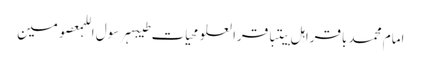
امام محمد باقراہل بیتباقرالعلومحیات طیبہرسول اللہمعصومین